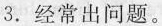
3.经常出问题。